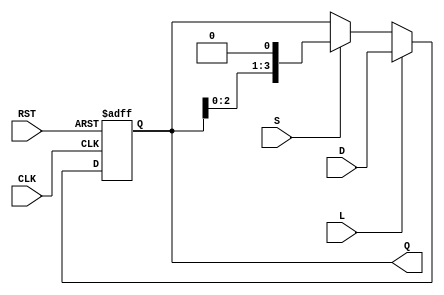
module shift_register #(
    parameter WIDTH = 4 // Parameter to set the width of the shift register
) (
    input wire [WIDTH-1:0] D,  // Data input
    input wire S,               // Shift control
    input wire L,               // Load control
    input wire CLK,             // Clock signal
    input wire RST,             // Asynchronous reset
    output reg [WIDTH-1:0] Q    // Output of the shift register
);

// Shift register logic
always @(posedge CLK or posedge RST) begin
    if (RST) begin
        Q <= 0; // Reset the register to zero
    end else if (L) begin
        Q <= D; // Load new data into the register
    end else if (S) begin
        Q <= {Q[WIDTH-2:0], 1'b0}; // Shift left and fill with zero
        // To shift right, you can use: Q <= {1'b0, Q[WIDTH-1:1]};
    end
    // If neither L nor S are active, Q retains its value (idle state)
end

endmodule